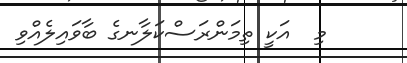
މި  އަކީ ތިމަންރަސްކަލާނގެ ބާވައިލެއްވި